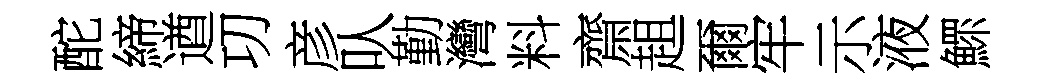
酡締遒㓛彦㕥勤灣料齋趄爾牢示液鰥